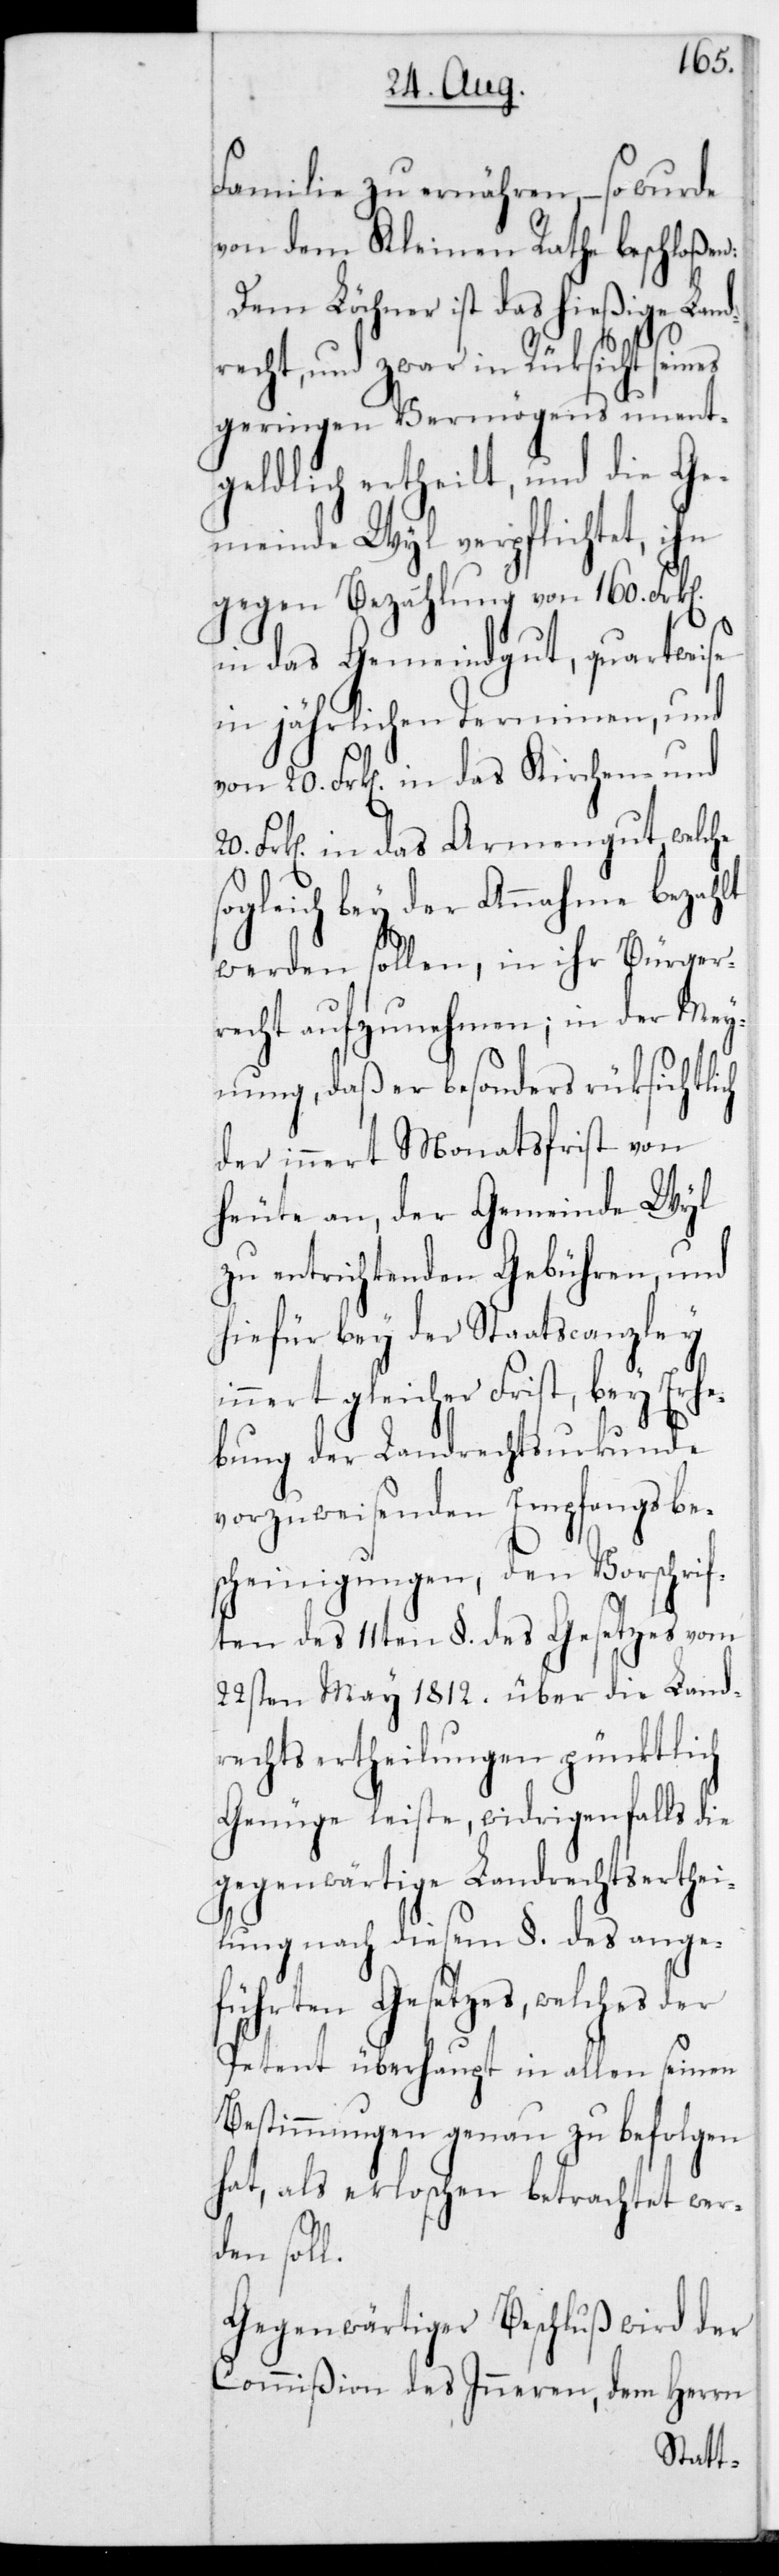
Familie zu ernähren, – so wurde
von dem Kleinen Rathe beschloßen:
Dem Löchner ist das hießige Lan¬
recht, und zwar in Rücksicht sei¬
unent¬
geringen Vermögens
l.
geldlich ertheilt, und
meinde Wyl verpflichtet, ihn
gegen Bezahlung von 160 Frk[en]
in das Gemeindgut, quartweise
in jährlichen Terminen, und
von 20 Frk[n] in das Kirchen- und
Frk[en] in das Armengut, welche
sogleich bey der Annahme bezahlt
werden sollen, in ihr Bürger¬
recht aufzunehmen; in der Mey¬
nung, daß er besonders
der innert Monatsfrist von
heute an, der Gemeinde Wyl
zu entrichtenden Gebühren, und
hiefür bey der Staatscanzley
innert gleicher Frist, bey Erhe¬
bung der Landrechtsurkunde
vorzuweisenden Empfangsbe¬
scheinigungen, den Vorschrif¬
ten des 11ten § des Gesetzes vom
22sten May 1812 über die Land¬
rechtsertheilungen pünktlich
Genüge leiste, widrigenfalls die
gegenwärtige Landrechtserthei¬
lung nach diesem § des ange¬
führten Gesetzes, welches der
Petent überhaupt in allen seinen
Bestimmungen genau zu befolgen
hat, als erloschen betrachtet wer¬
den sol¬
Gegenwärtiger Beschluß wird der
Commißion des Inneren, dem Herrn